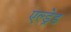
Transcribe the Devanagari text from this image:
एल्ड्रेड